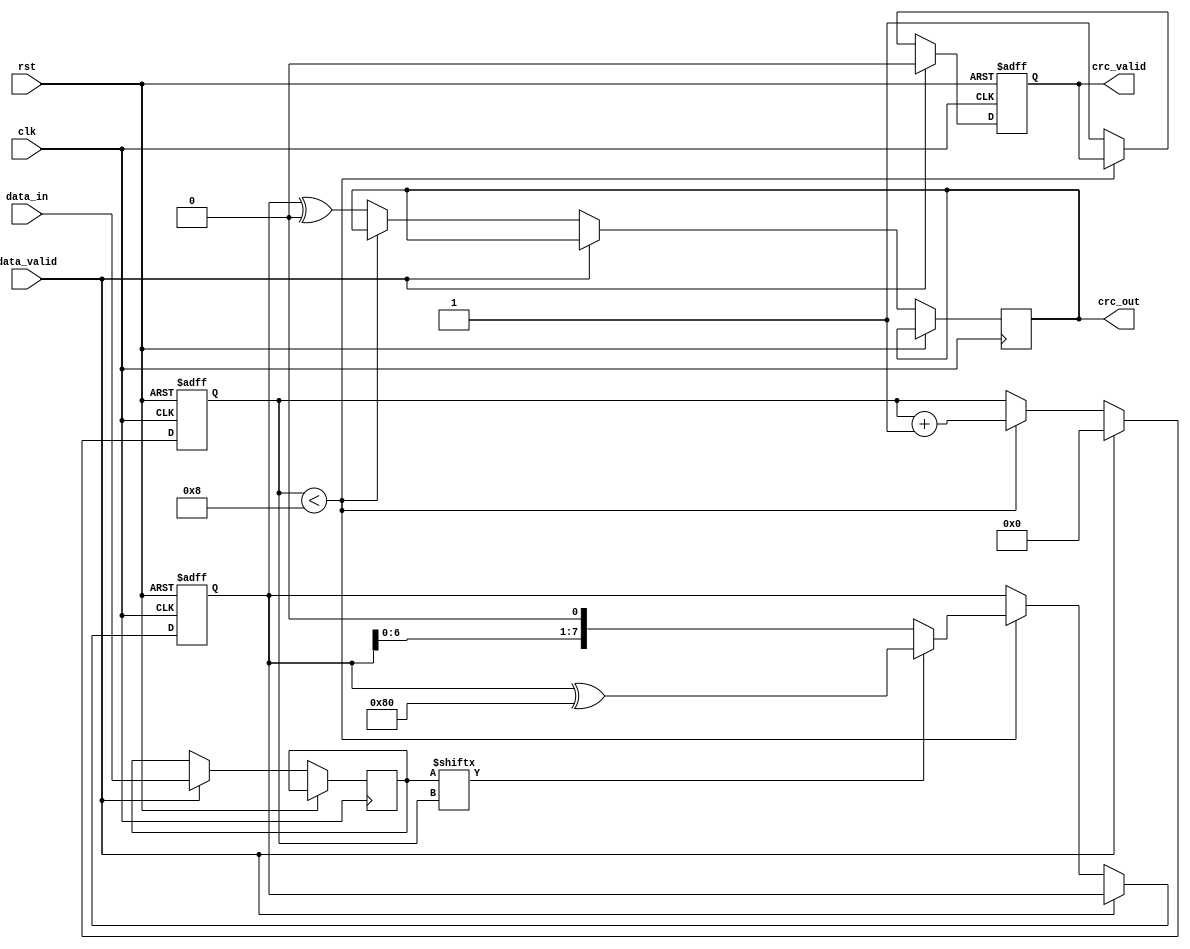
module parameterized_crc #(
    parameter CRC_WIDTH = 8,
    parameter POLYNOMIAL = 8'h07, // Example polynomial for CRC-8
    parameter INIT_VALUE = 8'h00,
    parameter REFLECT_INPUT = 1'b0,
    parameter REFLECT_OUTPUT = 1'b0,
    parameter FINAL_XOR = 8'h00
) (
    input wire clk,
    input wire rst,
    input wire [7:0] data_in,
    input wire data_valid,
    output reg [CRC_WIDTH-1:0] crc_out,
    output reg crc_valid
);

    reg [CRC_WIDTH-1:0] crc_reg;
    reg [7:0] data_buffer;
    reg [3:0] bit_counter;

    // Reflect function
    function [7:0] reflect;
        input [7:0] data;
        integer i;
        begin
            reflect = 0;
            for (i = 0; i < 8; i = i + 1) begin
                reflect[i] = data[7 - i];
            end
        end
    endfunction

    // CRC computation process
    always @(posedge clk or posedge rst) begin
        if (rst) begin
            crc_reg <= INIT_VALUE;
            crc_valid <= 1'b0;
            bit_counter <= 0;
        end else if (data_valid) begin
            // Buffer incoming data
            data_buffer <= REFLECT_INPUT ? reflect(data_in) : data_in;
            bit_counter <= 0;
            crc_valid <= 1'b0;
        end else if (bit_counter < 8) begin
            // Process each bit of data
            crc_reg <= crc_reg ^ (data_buffer[bit_counter] ? {POLYNOMIAL, {CRC_WIDTH-1{1'b0}}} : {CRC_WIDTH{1'b0}});
            crc_reg <= {crc_reg[CRC_WIDTH-2:0], 1'b0}; // Shift left
            if (data_buffer[bit_counter]) crc_reg <= crc_reg ^ {POLYNOMIAL, {CRC_WIDTH-1{1'b0}}}; // XOR with polynomial
            bit_counter <= bit_counter + 1;
        end else begin
            // Final output processing
            crc_out <= REFLECT_OUTPUT ? reflect(crc_reg) ^ FINAL_XOR : crc_reg ^ FINAL_XOR;
            crc_valid <= 1'b1;
        end
    end

endmodule